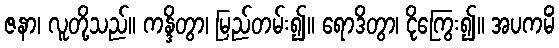
ဇနာ၊ လူတို့သည်။ ကန္ဒိတွာ၊ မြည်တမ်း၍။ ရောဒိတွာ၊ ငိုကြွေး၍။ အပကမိံ